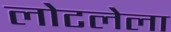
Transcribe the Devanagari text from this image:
लोटलेला